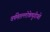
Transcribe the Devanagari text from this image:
वर्षमेतल्लोकेषुगीयते